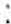
: